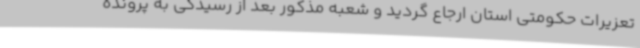
تعزیرات حکومتی استان ارجاع گردید و شعبه مذکور بعد از رسیدگی به پرونده